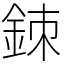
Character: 𨦉